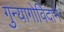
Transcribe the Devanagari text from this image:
गुन्यागोविंदाने